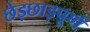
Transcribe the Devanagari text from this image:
छेड़छाड़पूर्ण